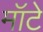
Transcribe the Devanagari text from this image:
मॉटे